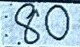
80